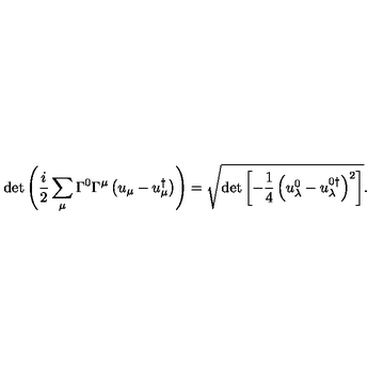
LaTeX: \det \left( \frac { i } { 2 } \sum _ { \mu } \Gamma ^ { 0 } \Gamma ^ { \mu } \left( u _ { \mu } - u _ { \mu } ^ { \dagger } \right) \right) = \sqrt { \det \left[ - \frac 1 4 \left( u _ { \lambda } ^ { 0 } - u _ { \lambda } ^ { 0 \dagger } \right) ^ { 2 } \right] } .